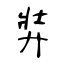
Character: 弉